Report on vaccination in Madras 1922-1929 - 1922-1929
Year: 1922
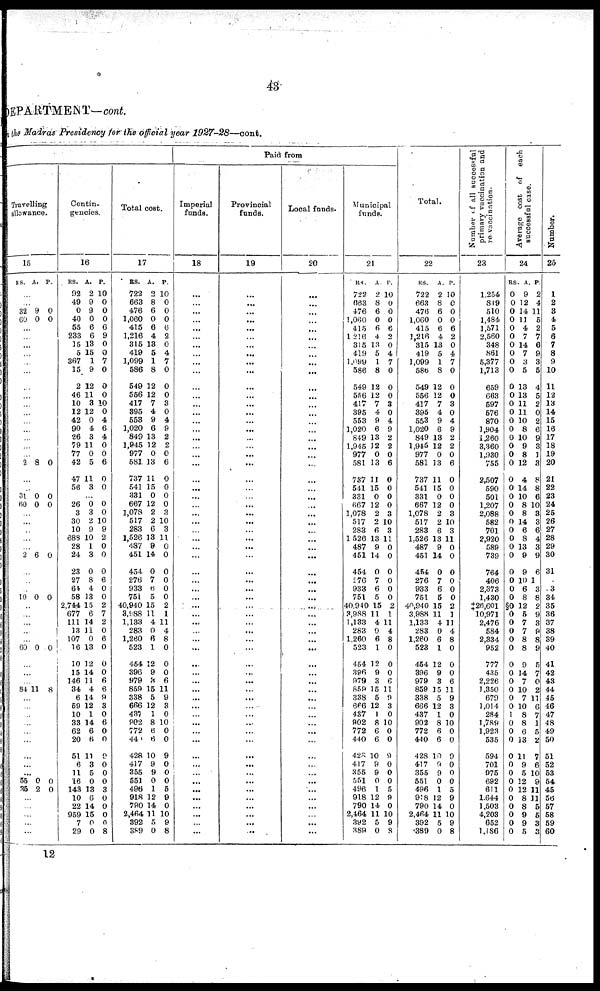
43
DEPARTMENT—cont.
the Madras Presidency for the official year 1927-28—cont.
Travelling
allowance.
15
RS. A. P.
...
...
32
60
9
0
0
0
...
...
...
...
...
...
...
...
...
...
...
...
...
...
...
2 8 0
...
...
31
60
0
0
0
0
...
...
...
...
...
2 6 0
...
...
...
10 0 0
...
...
...
...
...
60 0 0
...
...
...
84 11 8
...
...
...
...
...
...
...
...
...
55
35
0
2
0
0
...
...
...
...
...
Contin-
gencies.
16
RS.
92
49
0
40
55
233
15
5
367
15
2
46
10
12
42
90
26
79
77
42
47
56
A.
2
9
9
0
6
6
13
15
1
9
12
11
3
12
0
4
3
11
0
5
11
3
P.
10
0
0
0
6
9
0
0
7
0
0
0
10
0
4
6
4
0
0
6
0
0
...
26
3
30
10
689
28
24
23
27
64
58
2,744
677
111
13
107
16
10
15
146
34
6
59
10
33
62
20
51
6
11
16
143
10
22
959
7
29
0 3
2
9
10
1
3
0
8
4
13
15
6
14
11
0
13
12
14
11
4
14
12
1
14
6
6
11
3
5
0
13
6
14
15
0
0
0
0
10
9
2
0
0
0
6
0
0
2
7
2
0
6
0
0
0
6
6
9
3
0
6
0
0
9
0
0
0
3
0
0
0
0
8
Total cost.
17
RS.
722
663
476
1,060
415
1,216
315
419
1,099
586
549
556
417
395
558
1,020
849
1,945
977
581
737
541
331
667
1,078
517
283
1,526
487
451
454
276
933
751
40,940
3,988
1,133
283
1,260
523
454
396
979
859
338
666
437
902
772
440
428
417
355
551
496
918
790
2,464
392
389
A.
2
8
6
0
6
4
13
5
1
8
12
12
7
4
9
6
13
12
0
13
11
15
0
12
2
2
6
13
9
14
0
7
6
5
15
11
4
0
6
1
12
9
3
15
5
12
1
8
6
6
10
9
9
0
1
12
14
11
5
0
P.
10
0
0
0
6
2
0
4
7
0
0
0
3
0
4
9
2
2
0
6
0
0
0
0
3
10
3
11
0
0
0
0
0
0
2
1
11
4
8
0
0
0
6
11
9
3
0
10
0
0
9
0
Paid from
Imperial
funds.
18
...
...
...
...
...
...
...
...
...
...
...
...
...
...
...
...
...
...
...
...
...
...
...
...
...
...
...
...
...
...
...
...
...
...
...
...
...
...
...
...
...
...
...
...
...
...
...
...
...
...
...
...
0
0
5
9
0
10
9
8
...
...
...
...
...
...
...
Provincial
funds.
19
...
...
...
...
...
...
...
...
...
...
...
...
...
...
...
...
...
...
...
...
...
...
...
...
...
...
...
...
...
...
...
...
...
...
...
...
...
...
...
...
...
...
...
...
...
...
...
...
...
...
...
...
...
...
...
...
...
...
...
...
Local funds.
20
...
...
...
...
...
...
...
...
...
...
...
...
...
...
...
...
...
...
...
...
...
...
...
...
...
...
...
...
...
...
...
...
...
...
...
...
...
...
...
...
...
...
...
...
...
...
...
...
...
...
...
...
...
...
...
...
...
...
...
...
Municipal
funds.
21
RS.
722
663
476
1,060
415
1,216
315
419
1,099
586
549
556
417
395
553
1,020
849
1,945
977
581
737
541
331
667
1,078
517
283
1,526
487
451
454
276
933
751
40,940
3,988
1,133
283
1,260
523
454
396
979
859
338
666
437
902
772
440
428
417
355
551
496
918
790
2,464
392
389
A.
2
8
6
0
6
4
13
5
1
8
12
12
7
4
9
6
13
12
0
13
11
15
0
12
2
2
6
13
9
14
0
7
6
5
15
11
4
0
6
1
12
9
3
15
5
12
1
8
6
6
10
9
9
0
1
12
14
11
5
0
P.
10
0
0
0
6
2
0
4
7
0
0
0
3
0
4
9
2
2
0
6
0
0
0
0
3
10
3
11
0
0
0
0
0
0
2
1
11
4
8
0
0
0
6
11
9
3
0
10
0
0
9
0
0
0
5
9
0
10
9
8
Total.
22
RS.
722
663
476
1,060
415
1,216
315
419
1,099
586
549
556
417
395
553
1,020
849
1,945
977
581
737
541
331
667
1,078
517
283
1,526
487
451
454
276
933
751
40,940
3,988
1,133
283
1,260
523
454
396
979
859
338
666
437
902
772
440
428
417
355
551
496
918
790
2,464
392
389
A.
2
8
6
0
6
4
13
5
1
8
12
12
7
4
9
6
13
12
0
13
11
15
0
12
2
2
6
13
9
14
0
7
6
5
15
11
4
0
6
1
12
9
3
15
5
12
1
8
6
6
10
9
9
0
1
12
14
11
5
0
P.
10
0
0
0
6
2
0
4
7
0
0
0
3
0
4
9
2
2
0
6
0
0
0
0
3
10
3
11
0
0
0
0
0
0
2
1
11
4
8
0
0
0
6
11
9
3
0
10
0
0
9
0
0
0
5
9
0
10
9
8
Number of all successful
primary vaccination and
re-vaccination.
23
1,254
819
510
1,484
1,571
2,560
348
861
5,377
1,713
659
663
597
576
870
1,904
1,260
3,360
1,930
755
2,507
590
501
1,207
2,088
582
701
2,920
589
739
764
406
2,373
1,430
‡26,60l
10,971
2,476
584
2,334
952
777
435
2,226
1,350
679
1,014
284
1,789
1,923
535
594
701
975
692
611
1,644
1,503
4,203
652
1,I86
Average cost of each
successful case.
24
RS.
0
0
0
0
0
0
0
0
0
0
0
0
0
0
0
0
0
0
0
0
0
0
0
0
0
0
0
0
0
0
0
0
0
0
§0
0
0
0
0
0
0
0
0
0
0
0
1
0
0
0
0
0
0
0
0
0
0
0
0
0
A.
9
12
14
11
4
7
14
7
3
5
13
13
11
11
10
8
10
9
8
12
4
14
10
8
8
14
6
8
13
9
9
10
6
8
12
5
7
7
8
8
9
14
7
10
7
10
8
8
6
13
11
9
5
12
12
8
8
9
9
5
P.
2
4
11
5
2
7
6
9
3
5
4
5
2
0
2
6
9
3
1
3
8
8
6
10
3
3
6
4
3
9
6
1
3
8
2
9
3
9
8
9
5
7
0
2
11
6
7
1
5
2
7
6
10
9
11
11
5
5
3
3
Number.
25
1
2
3
4
5
6
7
8
9
10
11
12
13
14
15
16
17
18
19
20
21
22
23
24
25
26
27
28
29
30
31
3
34
35
36
37
38
39
40
41
42
43
44
45
46
47
48
49
50
51
52
53
54
45
56
57
58
59
60
12